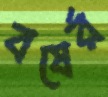
বষের্র